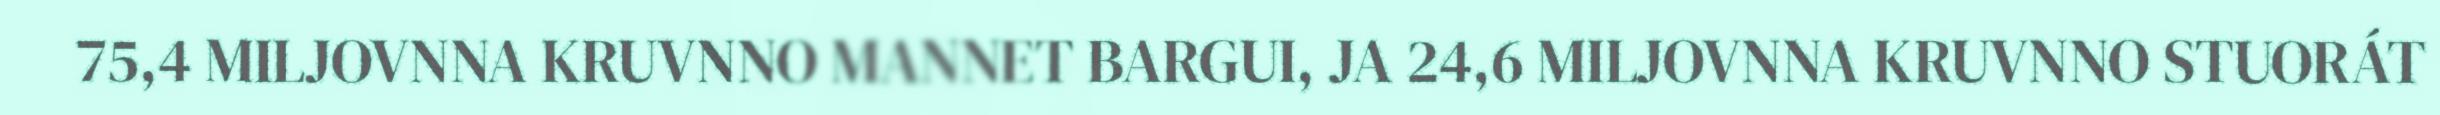
75,4 MILJOVNNA KRUVNNO MANNET BARGUI, JA 24,6 MILJOVNNA KRUVNNO STUORÁT